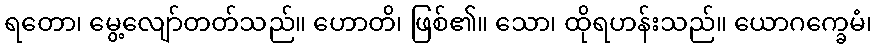
ရတော၊ မွေ့လျော်တတ်သည်။ ဟောတိ၊ ဖြစ်၏။ သော၊ ထိုရဟန်းသည်။ ယောဂက္ခေမံ၊